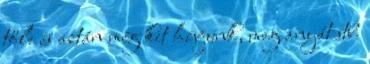
tőle és aztán még kit hívjunk, meg anyát stb.